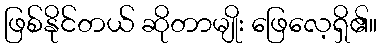
ဖြစ်နိုင်တယ် ဆိုတာမျိုး ဖြေလေ့ရှိ၏။